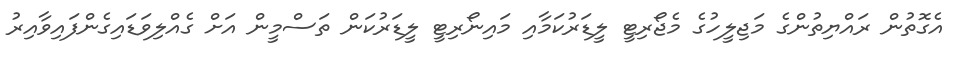
އެގޮތުން ރައްޔިތުންގެ މަޖިލީހުގެ މެޖޯރިޓީ ލީޑަރުކަމާއި މައިނޯރިޓީ ލީޑަރުކަން ތަސްމީން އަށް ގެއްލިވަޑައިގެންފައިވާއިރު